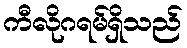
ကီလိုဂရမ်ရှိသည်